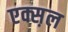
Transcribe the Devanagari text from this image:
एक्स़ल